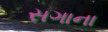
સગાના